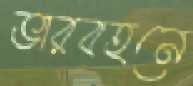
ভারবহনে